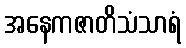
အနေကဇာတိသံသာရံ